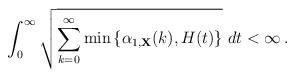
LaTeX: \begin{align*}\int_0^{\infty} \sqrt{ \sum_{k=0}^\infty \min \left\{\alpha_{1, \bf X}(k), H(t)\right \} } \ dt < \infty \, .\end{align*}